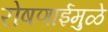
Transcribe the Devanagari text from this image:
रोषणाईमुळे